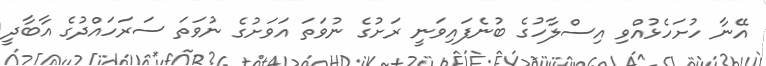
އޭނާ ހުށަހެޅުއްވި އިސްލާހުގެ ބުނެފައިވަނީ ރަށުގެ ނުވަތަ އަވަށުގެ ނުވަތަ ސަރަހައްދުގެ އާބާދީ